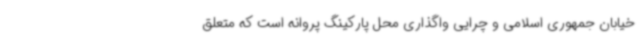
خیابان جمهوری اسلامی و چرایی واگذاری محل پارکینگ پروانه است که متعلق